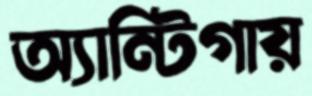
অ্যান্টিগায়